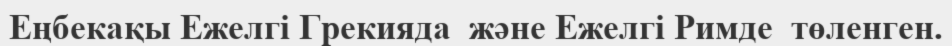
Еңбекақы Ежелгі Грекияда  және Ежелгі Римде  төленген.